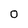
Character: o